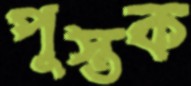
পুস্তক